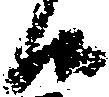
候